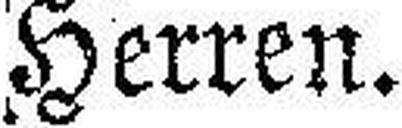
Herren.